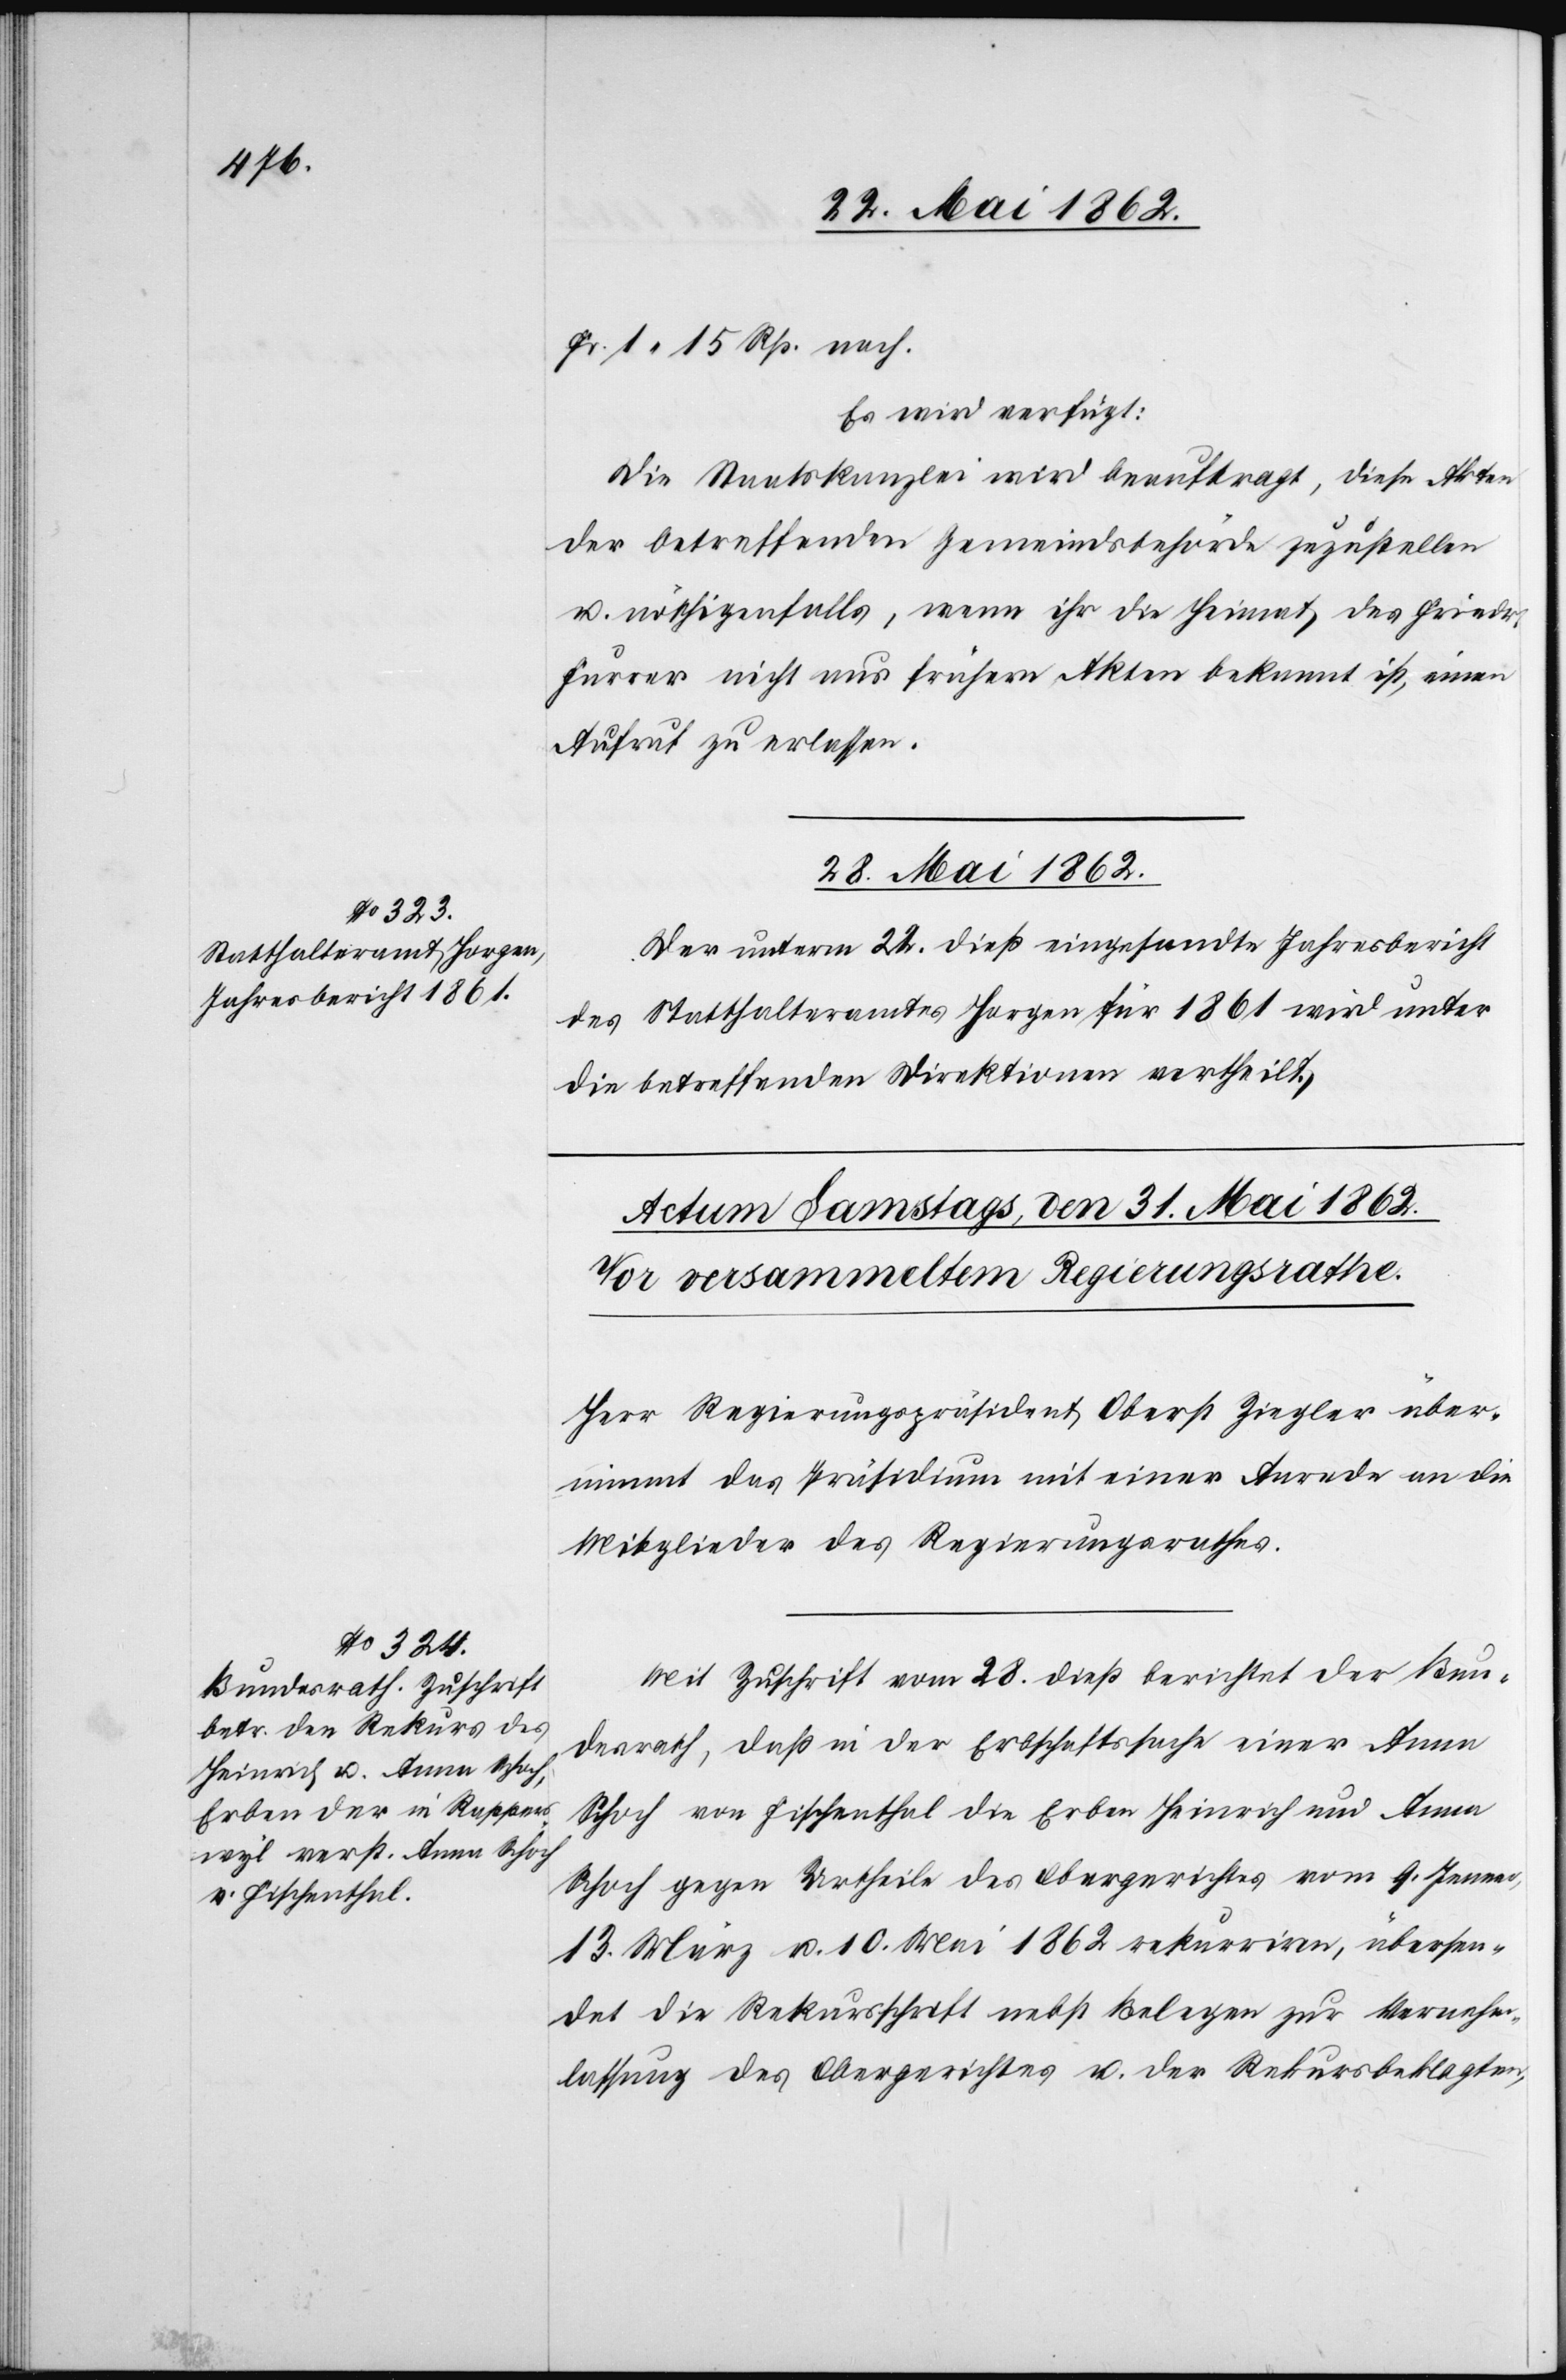
Fr. 1 15 Rp. nach.
Es wird verfügt:
Die Staatskanzlei wird beauftragt, diese Akten
der betreffenden Gemeindsbehörde zuzustellen
u. nöthigenfalls, wenn ihr die Heimat des Friedr.
Furrer nicht aus frühern Akten bekannt ist, einen
Ausruf zu erlassen.
28. Mai 1862.
Der unterm 22. dieß eingesandte Jahresbericht
des Statthalteramtes Horgen für 1861 wird unter
die betreffenden Direktionen vertheilt.
Herr Regierungspräsident Oberst Ziegler über¬
nimmt das Präsidium mit einer Anrede an die
Mitglieder des Regierungsrathes.
Mit Zuschrift vom 28. dieß berichtet der Bun¬
desrath, daß in der Erbschaftssache einer Anna
Schoch von Fischenthal die Erben Heinrich und Anna
Schoch gegen Urtheile des Obergerichtes vom 9. Jenner,
13. März u. 10. Mai 1862 rekurriren, übersen¬
det die Rekursschrift nebst Belegen zur Vernehm¬
lassung des Obergerichtes u. der Rekursbeklagen,